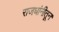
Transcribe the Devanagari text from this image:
राजधांनीतून